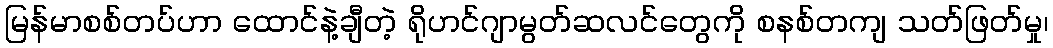
မြန်မာစစ်တပ်ဟာ ထောင်နဲ့ချီတဲ့ ရိုဟင်ဂျာမွတ်ဆလင်တွေကို စနစ်တကျ သတ်ဖြတ်မှု၊